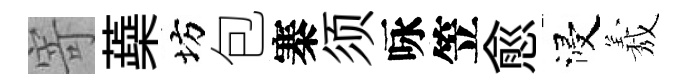
寄蘃坊包寨须咏笠愈浸𦏁